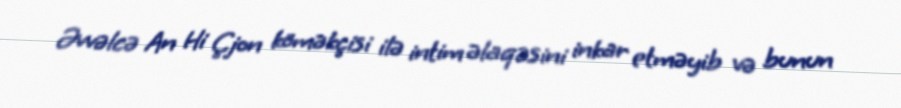
Əvvəlcə An Hi Çjon köməkçisi ilə intim əlaqəsini inkar etməyib və bunun